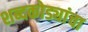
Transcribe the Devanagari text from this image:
शब्दकोड्यांचा